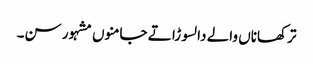
ترکھاناں والے دا لسوڑا تے جامنوں مشہور سن۔